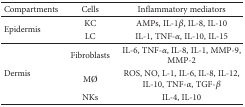
| Compartments | Cells | Inflammatory mediators |
 | --- | --- | --- |
 | <ROWSPAN=2> Epidermis | KC | AMPs, IL-1β, IL-8, IL-10 |
 | LC | IL-1, TNF-α, IL-10, IL-15 |
 | <ROWSPAN=3> Dermis | Fibroblasts | IL-6, TNF-α, IL-8, IL-1, MMP-9, MMP-2 |
 | MØ | ROS, NO, L-1, IL-6, IL-8, IL-12, IL-10, TNF-α, TGF-β |
 | NKs | IL-4, IL-10 |